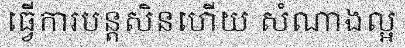
ធ្វើការបន្តសិនហើយ សំណាងល្អ